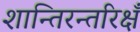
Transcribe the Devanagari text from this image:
शान्तिरन्तरिक्षँ